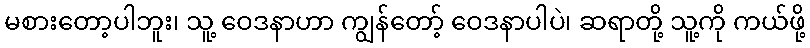
မစားတော့ပါဘူး၊ သူ့ ဝေဒနာဟာ ကျွန်တော့် ဝေဒနာပါပဲ၊ ဆရာတို့ သူ့ကို ကယ်ဖို့